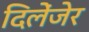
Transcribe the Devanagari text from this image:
दिलेंजेर